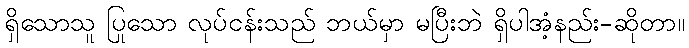
ရှိသောသူ ပြုသော လုပ်ငန်းသည် ဘယ်မှာ မပြီးဘဲ ရှိပါအံ့နည်း-ဆိုတာ။